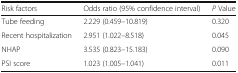
<table><thead><tr><td><b>Risk factors</b></td><td><b>Odds ratio (95% confidence interval)</b></td><td><b><i>P</i> Value</b></td></tr></thead><tbody><tr><td>Tube feeding</td><td>2.229 (0.459–10.819)</td><td>0.320</td></tr><tr><td>Recent hospitalization</td><td>2.951 (1.022–8.518)</td><td>0.045</td></tr><tr><td>NHAP</td><td>3.535 (0.823–15.183)</td><td>0.090</td></tr><tr><td>PSI score</td><td>1.023 (1.005–1.041)</td><td>0.011</td></tr></tbody></table>